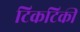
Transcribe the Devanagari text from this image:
टिकटिकी